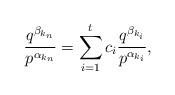
LaTeX: \begin{align*} \frac{q^{\beta_{k_n}}}{p^{\alpha_{k_n}}} = \sum_{i=1}^t c_i \frac{q^{\beta_{k_i}}}{p^{\alpha_{k_i}}},\end{align*}